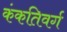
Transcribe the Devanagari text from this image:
कंकतिवर्ग